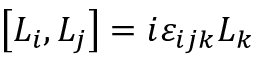
\left[ L _ { i } , L _ { j } \right] = i \varepsilon _ { i j k } L _ { k }